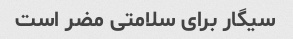
سیگار برای سلامتی مضر است